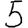
Digit: 5